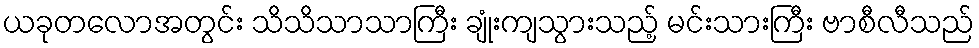
ယခုတလောအတွင်း သိသိသာသာကြီး ချုံးကျသွားသည့် မင်းသားကြီး ဗာစီလီသည်